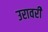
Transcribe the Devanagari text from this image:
उरावरी